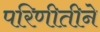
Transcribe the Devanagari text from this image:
परिणीतीने